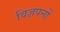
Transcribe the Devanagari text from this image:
विज्ञपनों